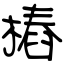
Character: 樁